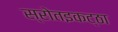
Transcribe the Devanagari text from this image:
स्रोतइकट्ठा